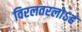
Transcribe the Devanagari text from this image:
विरलतरलोऽहं